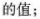
的值。